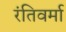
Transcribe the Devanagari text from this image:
रंतिवर्मा